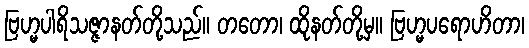
ဗြဟ္မပါရိသဇ္ဇာနတ်တို့သည်။ တတော၊ ထိုနတ်တို့မှ။ ဗြဟ္မပရောဟိတာ၊